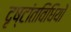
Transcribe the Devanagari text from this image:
दृष्टांतविधियों